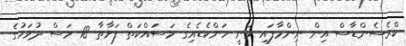
ކްރެސެންޑާސް އިން ނިންމާފައި ވަނީ ހަންކެޑެއިގެ މަސައްކަތް ފަށާތާ 18 މަސް ދުވަހުގެ